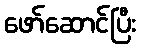
ဖော်ဆောင်ပြီး